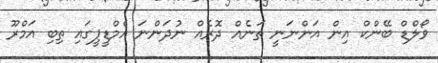
ވޯލްޑް ބޭންކް އިން އަންނަނީ ތަނެއް ދޮރެއްް ނުދަންނަ އެމްޑީޕީގައި ތިބި އަމްރޫ